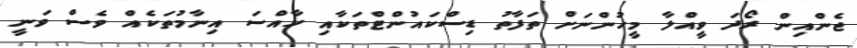
ޖެންއިން ރޯދަ ވީއްލާ މީހުންނަށް ތަފާތު ޑިސްކައުންޓްތަކާއި ހާއްސަ އިނާމުތަކެއް ވެސް ވަނީ